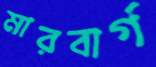
মারবার্গ